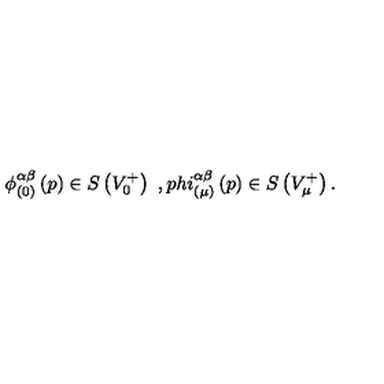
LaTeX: \phi _ { ( 0 ) } ^ { \alpha \beta } \left( p \right) \in S \left( V _ { 0 } ^ { + } \right) \ , p h i _ { ( \mu ) } ^ { \alpha \beta } \left( p \right) \in S \left( V _ { \mu } ^ { + } \right) .